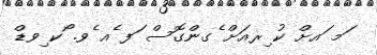
ަމ ައށް ކު ިރއަށް ެގންގޮސް ަފ ެއ ެވ. ޯކ ިވޑް